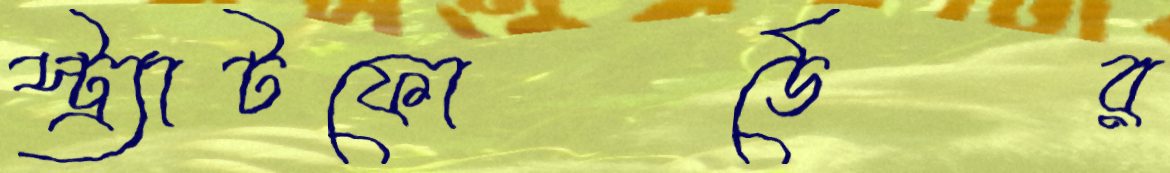
স্ট্র্যাটফোর্ডের